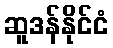
ဆူဒန်နိုင်ငံ